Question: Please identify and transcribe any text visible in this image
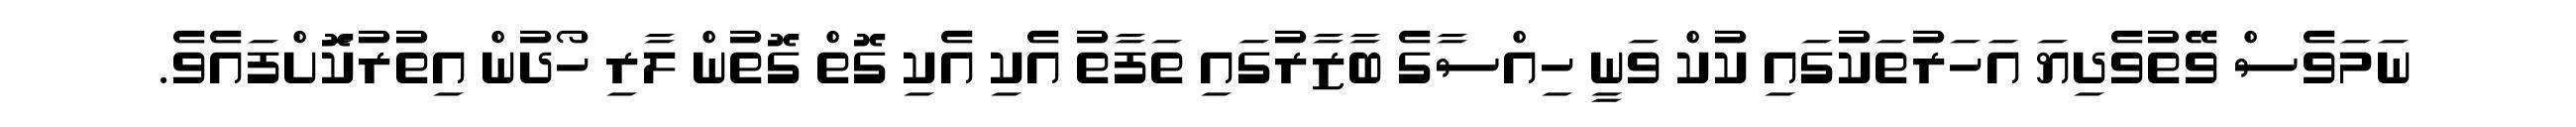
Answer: ނަމަވެސް ވޭތުވެދިޔަ އަހަރުތަކުގައި ކުކް ވަނީ ހިއްސާގެ ބާޒާރުގައި ތަފާތު އެކި އެކި ގޮތް ގޮތުން ލާރި ހޯދުން އިތުރުކޮަށްފައެވެ.